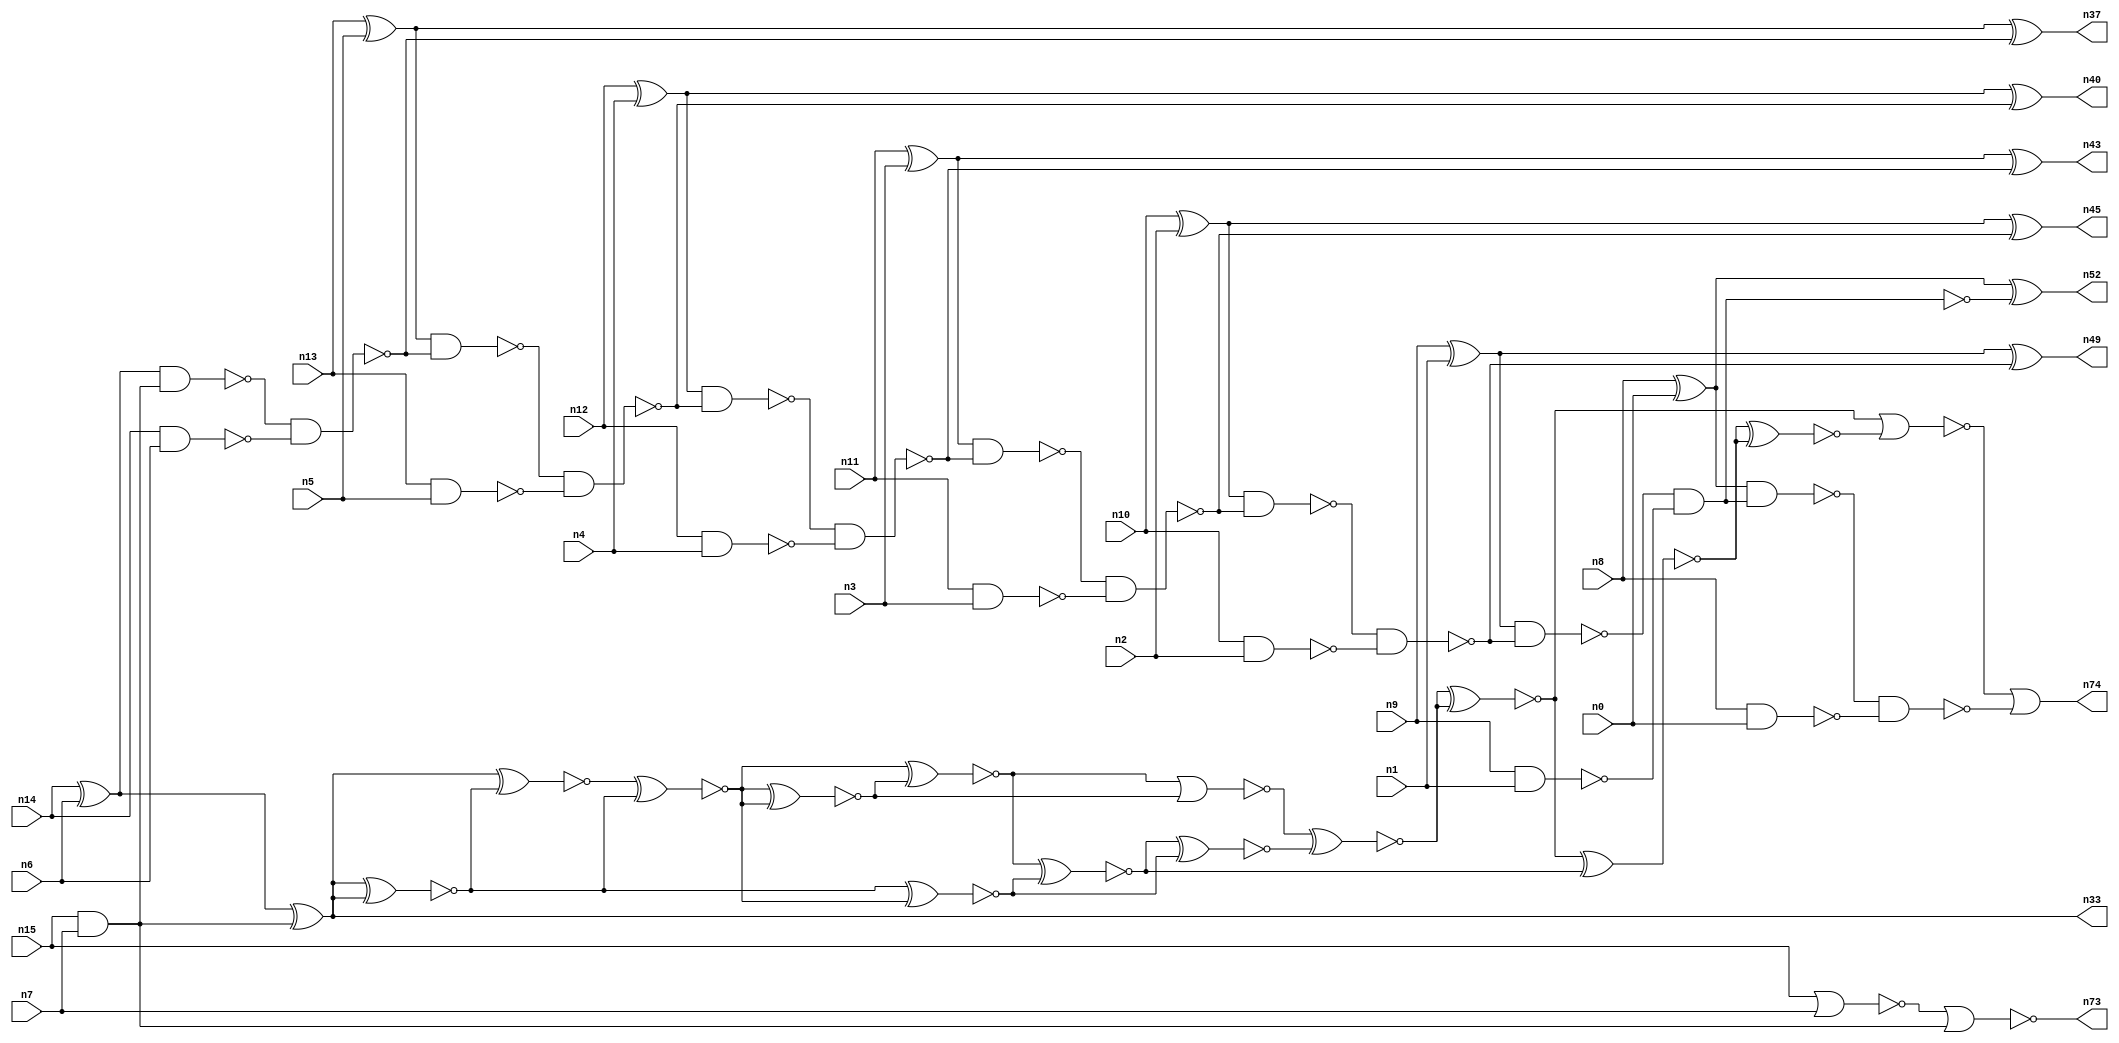
// This file contains a pareto-optimal circuit with respect to area and the fault-resilince parameter p_fault which is defined as:
// "For all input vectors, the ratio of the no. of faults observable at the POs to the no. of total possible faults in the circuit".
// This code is part of the ReCkt library (https://github.com/umar-afzaal/ReCkt) distributed under The MIT License.
// When used, please cite the following article(s):
// U. Afzaal, A.S. Hassan, M. Usman and J.A. Lee, "On the Evolutionary Synthesis of Increased Fault-resilience Arithmetic Circuits".

// p_fault = 68.7 %    (Lower is better)
// gates = 57.0
// levels = 16
// area = 81.56    (For MCNC library relative to nand2)
// power = 446.4 uW    (Berkely-SIS for MCNC library @ Vdd=5V and 20 MHz clock)
// delay = 30.7 ns    (Berkely-ABC for MCNC library)
// PDP = 1.37045e-11 J

// Pin mapping:
// {n0, n1, n2, n3, n4, n5, n6, n7} = A[7:0]
// {n8, n9, n10, n11, n12, n13, n14, n15} = B[7:0]
// {n74, n52, n49, n45, n43, n40, n37, n33, n73} = O[8:0]

module addr8s_area_33 (
n0, n1, n2, n3, n4, n5, n6, n7, n8, n9, n10, n11, n12, n13, n14, n15, 
n74, n52, n49, n45, n43, n40, n37, n33, n73
);

input n0, n1, n2, n3, n4, n5, n6, n7, n8, n9, n10, n11, n12, n13, n14, n15;
output n74, n52, n49, n45, n43, n40, n37, n33, n73;
wire n22, n42, n28, n21, n54, n71, n72, n30, n16, n27, n24, n56, n66, n20, n53, n32, n64, n18, n55, n63, 
n51, n70, n31, n39, n25, n58, n41, n26, n35, n29, n17, n38, n19, n34, n61, n62, n65, n50, n46, n47, 
n59, n23, n36, n48, n57, n60, n68, n44;

xor (n16, n9, n1);
xor (n17, n10, n2);
xor (n18, n8, n0);
nand (n19, n14, n6);
nand (n20, n10, n2);
nand (n21, n13, n5);
and (n22, n15, n7);
nor (n23, n15, n7);
xor (n24, n13, n5);
xor (n25, n14, n6);
nand (n26, n12, n4);
xor (n27, n11, n3);
xor (n28, n12, n4);
nand (n29, n11, n3);
nand (n30, n9, n1);
nand (n31, n8, n0);
nand (n32, n25, n22);
xor (n33, n25, n22);
nor (n34, n23, n22);
nand (n35, n32, n19);
nand (n36, n24, n35);
xor (n37, n24, n35);
nand (n38, n36, n21);
nand (n39, n28, n38);
xor (n40, n28, n38);
nand (n41, n39, n26);
nand (n42, n27, n41);
xor (n43, n27, n41);
nand (n44, n42, n29);
xor (n45, n17, n44);
nand (n46, n17, n44);
nand (n47, n46, n20);
nand (n48, n16, n47);
xor (n49, n16, n47);
and (n50, n48, n30);
nand (n51, n48, n30);
xor (n52, n18, n51);
nand (n53, n18, n50);
nand (n54, n53, n31);
xnor (n55, n33, n33);
xnor (n56, n33, n33);
xnor (n57, n33, n55);
xnor (n58, n57, n56);
xnor (n59, n55, n57);
xnor (n60, n58, n59);
xnor (n61, n56, n58);
xnor (n62, n59, n60);
nor (n63, n62, n60);
xnor (n64, n62, n61);
xnor (n65, n64, n61);
xnor (n66, n63, n65);
xnor (n68, n66, n66);
xnor (n70, n68, n64);
xnor (n71, n70, n70);
nor (n72, n68, n71);
or (n73, n34, n34);
or (n74, n72, n54);

endmodule